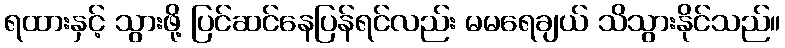
ရထားနှင့် သွားဖို့ ပြင်ဆင်နေပြန်ရင်လည်း မမရေချယ် သိသွားနိုင်သည်။